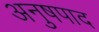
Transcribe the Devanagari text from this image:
अनुषपाद